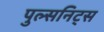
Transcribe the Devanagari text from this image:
पुल्सनिट्स